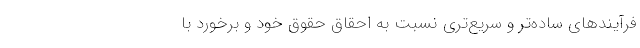
فرآیند‌های ساده‌تر و سریع‌تری نسبت به احقاق حقوق خود و برخورد با